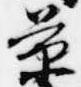
景